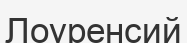
Лоуренсий